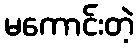
မကောင်းတဲ့